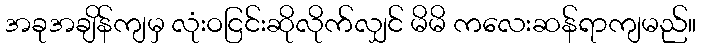
အခုအချိန်ကျမှ လုံးဝငြင်းဆိုလိုက်လျှင် မိမိ ကလေးဆန်ရာကျမည်။